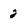
Character: 2